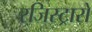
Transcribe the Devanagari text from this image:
रजिस्ट्रारों